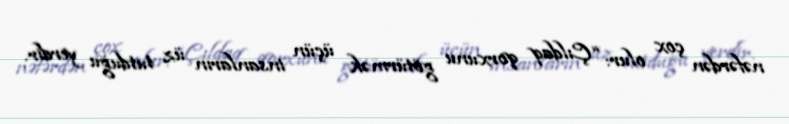
nəfərdən çox olur: “Çıldaq qorxunu götürmək üçün insanların üz tutduğu yerdir.